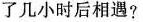
了几小时后相遇?